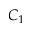
C _ { 1 }